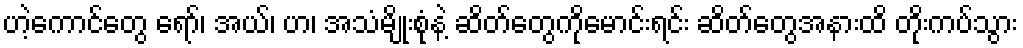
ဟဲ့ကောင်တွေ ရော်၊ အယ်၊ ဟ၊ အသံမျိုးစုံနဲ့ ဆိတ်တွေကိုမောင်းရင်း ဆိတ်တွေအနားထိ တိုးကပ်သွား